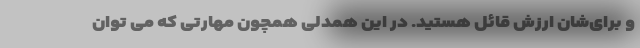
و برای‌شان ارزش قائل هستید. در این همدلی همچون مهارتی که می توان